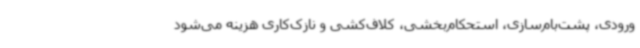
ورودی، پشت‌بام‌سازی، استحکام‌بخشی، کلاف‌کشی و نازک‌کاری هزینه می‌شود